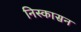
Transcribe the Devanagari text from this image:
निस्कासन